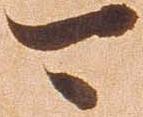
可